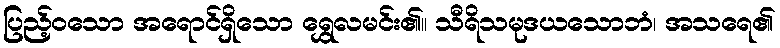
ပြည့်ဝသော အရောင်ရှိသော ရွှေလမင်း၏။ သီရိသမုဒယသောဘံ၊ အသရေ၏